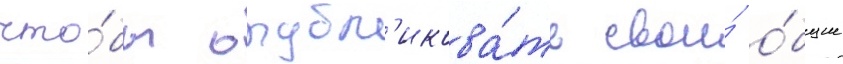
что́бы опубл'икова́ть свои́ о́бщие